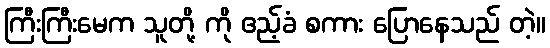
ကြီးကြီးမေက သူတို့ ကို ဧည့်ခံ စကား ပြောနေသည် တဲ့။